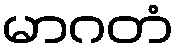
မာဂတံ